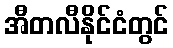
အီတလီနိုင်ငံတွင်